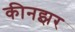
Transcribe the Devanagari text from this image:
कीनझर